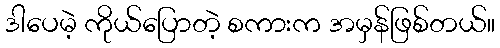
ဒါပေမဲ့ ကိုယ်ပြောတဲ့ စကားက အမှန်ဖြစ်တယ်။